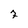
Character: 7